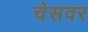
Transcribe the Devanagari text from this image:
चेसवर